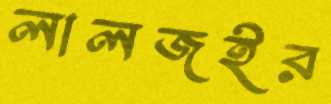
লালজইর